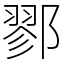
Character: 鄝